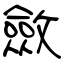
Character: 斂